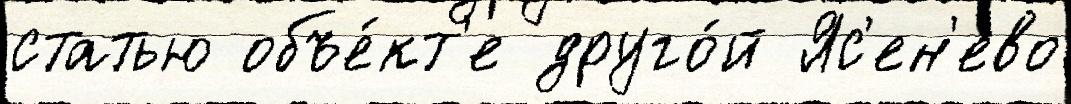
статью объе́кт'е друго́й Яс'ен'ево